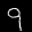
Label: 9